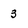
Character: 3